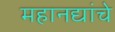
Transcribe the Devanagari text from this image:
महानद्यांचे